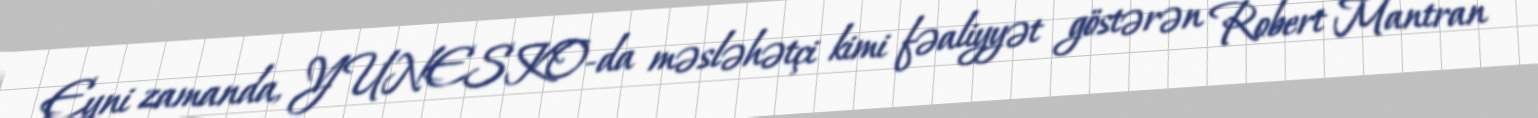
Eyni zamanda, YUNESKO-da məsləhətçi kimi fəaliyyət göstərən Robert Mantran